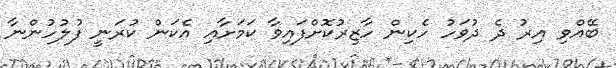
ބޭއްވި އިރު ދެ ދުވަހު ހެކިން ހާޒިރުކޮށްފައިވާ ކަމަށާއި އެކަން ކުރަނީ ފުލުހުންނާ